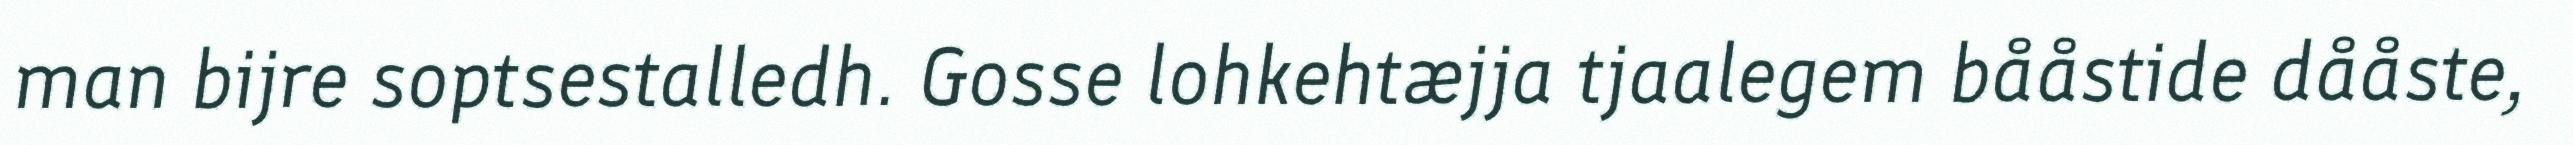
man bijre soptsestalledh. Gosse lohkehtæjja tjaalegem bååstide dååste,